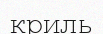
криль